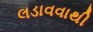
લડાવવાથી